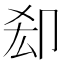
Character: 㕁